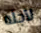
لأجله